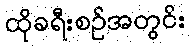
ထိုခရီးစဉ်အတွင်း